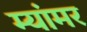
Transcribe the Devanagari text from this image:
म्यांमर